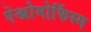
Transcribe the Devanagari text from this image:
ऐन्थ्रोमोर्फिस्म